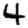
Digit: 4